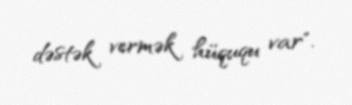
dəstək vermək hüququ var".